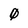
Character: 0